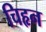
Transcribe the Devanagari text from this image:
चिहृन